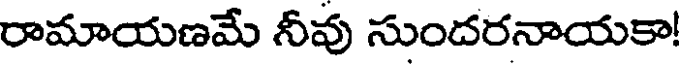
రామాయణమే నీవు సుందరనాయకా!